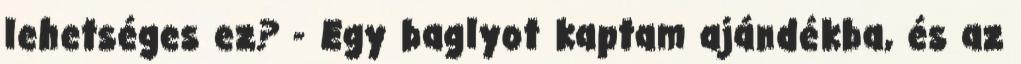
lehetséges ez? - Egy baglyot kaptam ajándékba, és az